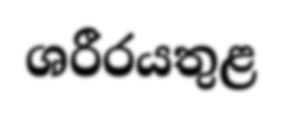
ශරීරයතුළ